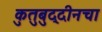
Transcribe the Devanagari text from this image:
कुतुबुद्दीनचा